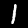
Label: 1